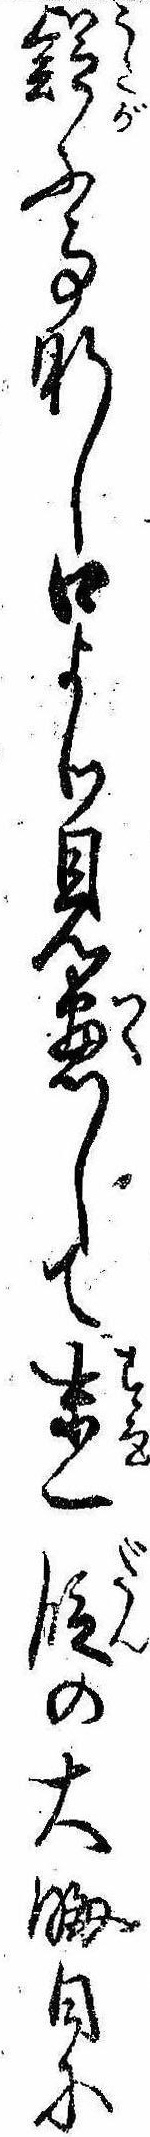
疑ふ事なし口より見尽して末一段の大晦日に